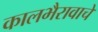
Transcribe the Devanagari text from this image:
कालभैरावाचे